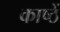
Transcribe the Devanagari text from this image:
काष्ठें